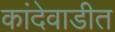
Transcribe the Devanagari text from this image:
कांदेवाडीत